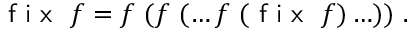
{ \textsf { f i x } } \ f = f \ ( f \ ( \ldots f \ ( { \textsf { f i x } } \ f ) \ldots ) ) \ .